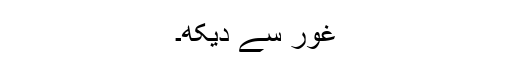
غور سے دیکھ۔